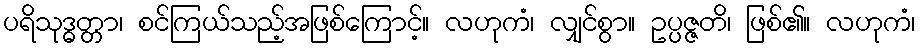
ပရိသုဒ္ဓတ္တာ၊ စင်ကြယ်သည့်အဖြစ်ကြောင့်။ လဟုကံ၊ လျှင်စွာ။ ဥပ္ပဇ္ဇတိ၊ ဖြစ်၏။ လဟုကံ၊